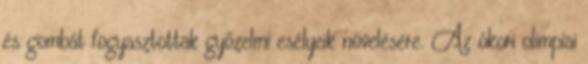
és gombát fogyasztottak győzelmi esélyeik növelésére. Az ókori olimpiai